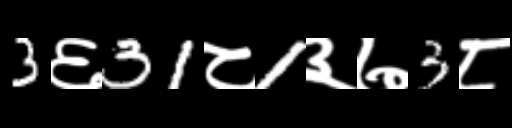
Text: 3६31८1३७3८